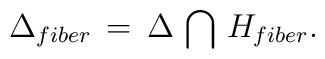
\Delta_{fiber}\,=\,\Delta \,\bigcap\,  H_{fiber}.